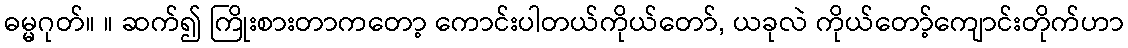
ဓမ္မဂုတ်။ ။ ဆက်၍ ကြိုးစားတာကတော့ ကောင်းပါတယ်ကိုယ်တော်, ယခုလဲ ကိုယ်တော့်ကျောင်းတိုက်ဟာ